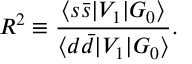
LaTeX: R ^ { 2 } \equiv \frac { \langle s \bar { s } | V _ { 1 } | G _ { 0 } \rangle } { \langle d \bar { d } | V _ { 1 } | G _ { 0 } \rangle } .